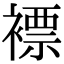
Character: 褾